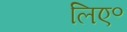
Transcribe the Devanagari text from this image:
लिए॰